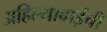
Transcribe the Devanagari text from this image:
अहिल्याबाईंची